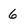
Character: 6